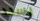
يسدد